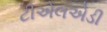
ટીએલએડી